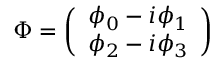
\Phi = \left( \begin{array} { c } { { \phi _ { 0 } - i \phi _ { 1 } } } \\ { { \phi _ { 2 } - i \phi _ { 3 } } } \end{array} \right)